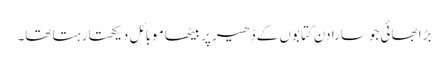
بڑا بھائی جوسارا دن کتابوں کے ڈھیر پر بیٹھا موبائل دیکھتا رہتا تھا۔